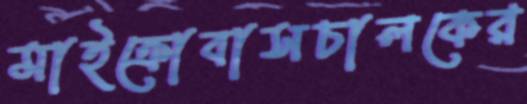
মাইক্রোবাসচালকের